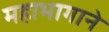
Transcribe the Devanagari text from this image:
महाभागाने